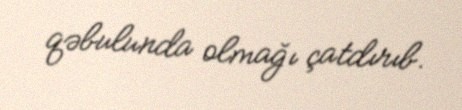
qəbulunda olmağı çatdırıb.